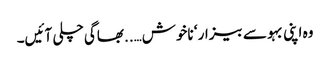
وہ اپنی بہو سے بیزار ‘ ناخوش…..بھاگی چلی آئیں۔